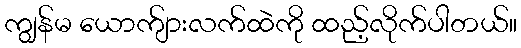
ကျွန်မ ယောက်ျားလက်ထဲကို ထည့်လိုက်ပါတယ်။